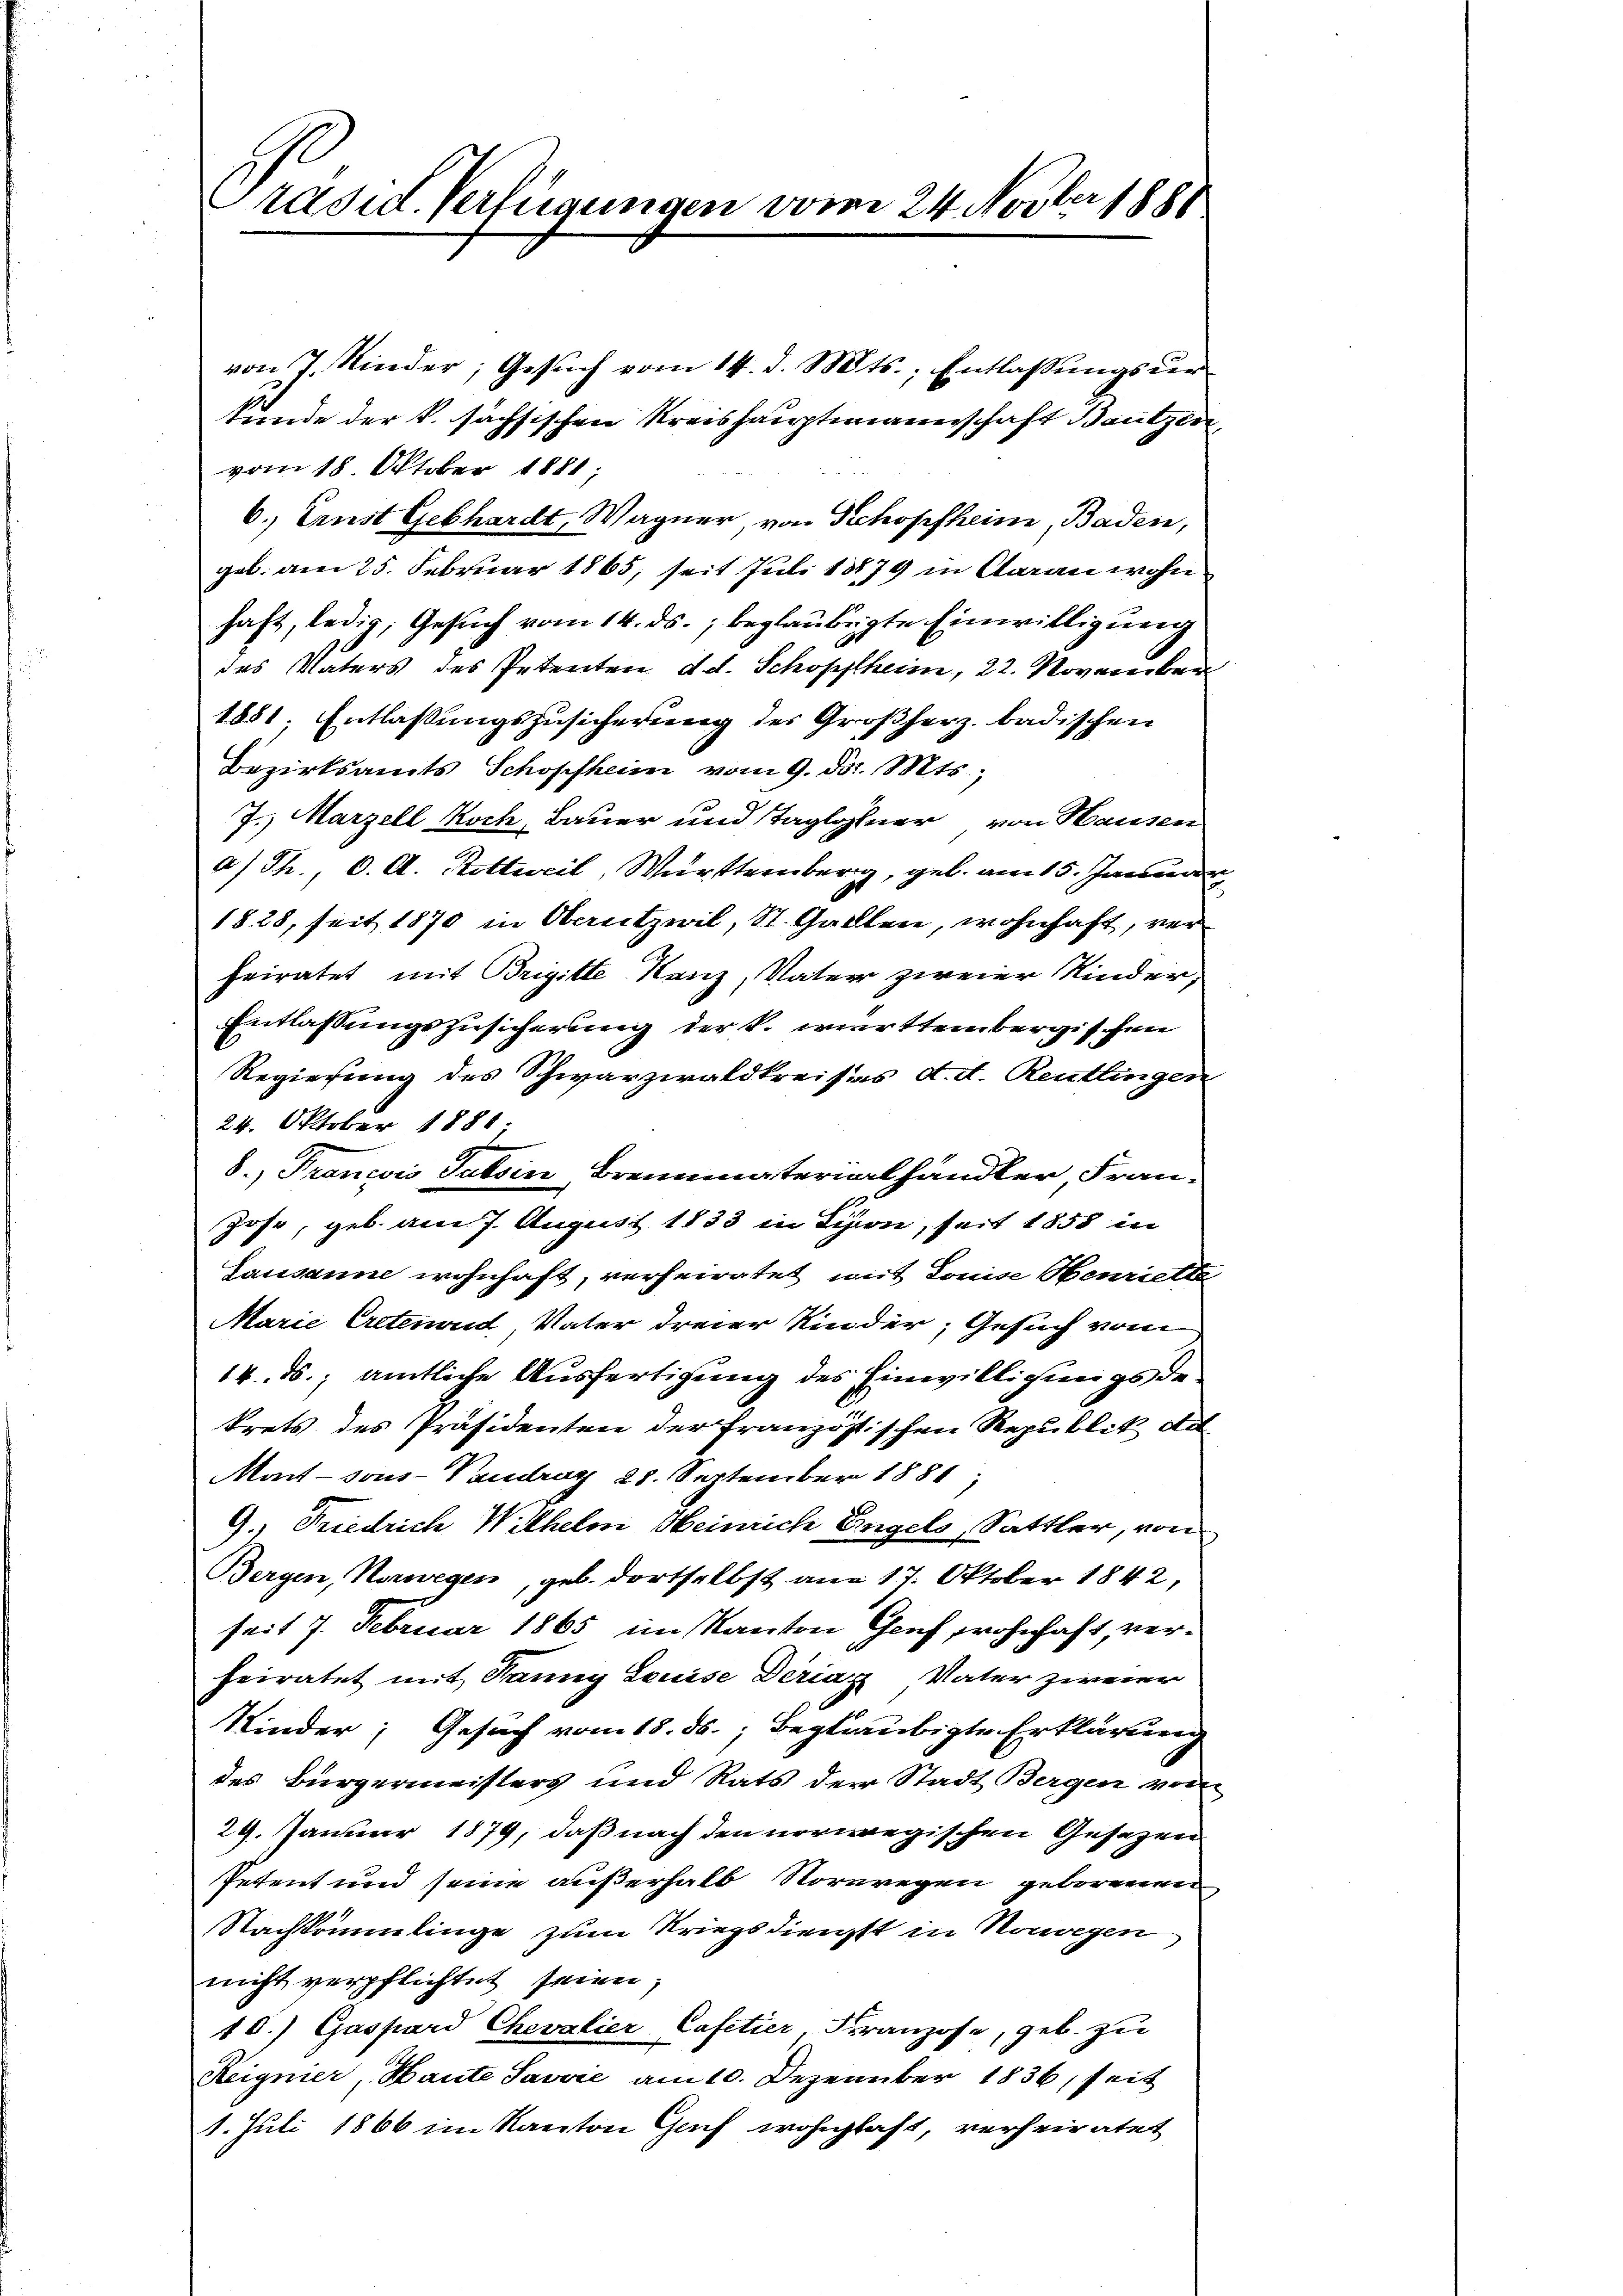
Präsid. Verfügungen vom 24. Novber 1881

von 7 Kinder, Gesŭch vom 14. d. Mts., Entlassungsurkunde der k. sächsischen Kreishauptmannschaft Bautzen,
vom 18. Oktober 1881;
6.) Ernst Gebhardt, Wagner von Schopfheim, Baden,
geb. am 25. Februar 1865, seit Juli 1879 in Caran wohn
haft, ledig, Gesuch vom 14. ds., beglaubigte Einwilligung
des Vaters des Petenten d. d. Schopfheim, 22. Novanerken
1881. Entlassungszusicherung des Großherz badischen
Bezirksamts Schopfheim vom 9. d. Mts.,
7. Marzell Koch, Bauer und Taglohner von Hausen
a) Th., C. A. Rittweil, Württemberg, geb. am 15. Januar
1828, seit 1870 in Oberutzwil, St. Gallen, wohnhaft, verheiratet mit Brigitte Kanz, Vater zweier Kinder,
Entlassungszusicherung der k. wirttembergischen
Regierung des Schwarzwaldkreises d. d. Reutlingen
24. Oktober 1881
8.) Trancois Tessin, Brennmaterialhändler Fran¬
Jose, geb. am 7. August 1833 in Lion, seit 1858 in
Lausanne wohnhaft, verheiratet, mit Louise Henriette
Marie Erstenant, Vater dreier Kinder, Gesuch vom
14. ds., amtliche Ausfertigung des Einwilligungsdekrets des Präsidenten der französischen Republik de
Mart - sous-Vaudray 28. September 1881,
9.) Friedrich Wilhelm Heinrich Engels, Sattler, von
Bergen, Norwegen, geb. dortselbst am 17. Oktober 1842,
seit 7. Februar 1865 im Kanton Genf, wohnhaft, verfeiratet mit Fanny Louise Deriaz Vater ziner
Kinder; Gesuch vom 18. ds., beglaubigte Erklärung
des Bürgermeisters und Rats der Stadt Bergen vom
29. Januar 1879, daß nach den norwegischen Gesezen
Petent und seine außerhalb Vorwegen geborenen
Nachkömmlinge zum Kriegsdienst in Norwegen
nicht verpflichtet seien,
10.) Gaspard Chevalier-Cafetier, Franzose, geb. zu
Reignier, Haute Savvić am 10. Dezember 1836, seit
1. Juli 1866 im Kanton Gach wohnlast, verheiratet

2